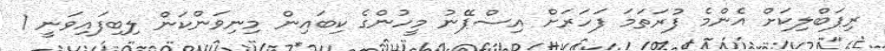
ރިޕަބްލިކަށް އެންމެ ފުރަތަމަ ފަހަރަށް އިސްޕޭނު މީހުންގެ ކިބައިން މިނިވަންކަން ލިބިފައިވަނީ 1